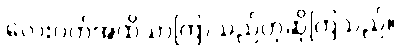
လေးပတ်အထိသာကြာသည်ဟုဆိုကြသည်။